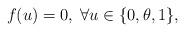
LaTeX: \begin{align*}f(u)=0,\;\forall u\in\{0, \theta, 1\},\end{align*}